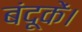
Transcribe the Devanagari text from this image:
बंदूकें।